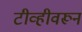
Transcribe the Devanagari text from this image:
टीव्हीवरून